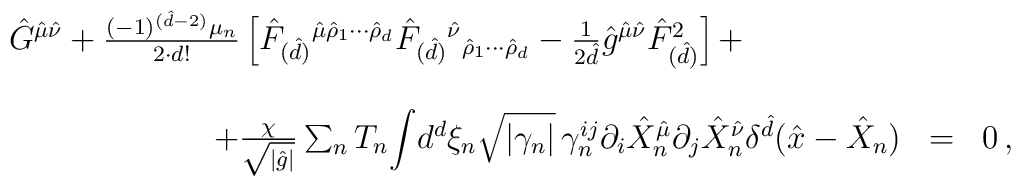
\begin{array}{rcl}\hat{G}^{\hat{\mu}\hat{\nu}} +\frac{(-1)^{(\hat{d}-2)} \mu_{n}}{2\cdot d!}\left[\hat{F}_{(\hat{d})}{}^{\hat{\mu}\hat{\rho}_{1}\cdots\hat{\rho}_{d}}\hat{F}_{(\hat{d})}{}^{\hat{\nu}}{}_{\hat{\rho}_{1}\cdots\hat{\rho}_{d}} -\frac{1}{2\hat{d}}\hat{g}^{\hat{\mu}\hat{\nu}}\hat{F}_{(\hat{d})}^{2}\right]+\hspace{2cm}& & \\& & \\+\frac{\chi}{\sqrt{|\hat{g}|}}\sum_{n}T_{n}{\displaystyle\int} d^{d}\xi_{n}\sqrt{|\gamma_{n}|}\, \gamma_{n}^{ij}\partial_{i}\hat{X}_{n}^{\hat{\mu}}\partial_{j}\hat{X}_{n}^{\hat{\nu}}\delta^{\hat{d}}(\hat{x}-\hat{X}_{n}) & = & 0\, ,\\\end{array}